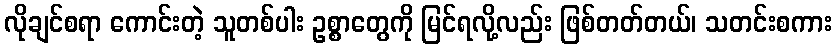
လိုချင်စရာ ကောင်းတဲ့ သူတစ်ပါး ဥစ္စာတွေကို မြင်ရလို့လည်း ဖြစ်တတ်တယ်၊ သတင်းစကား